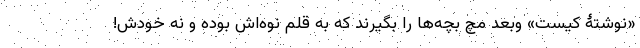
«نوشتۀ کیست» وبعد مچ بچه‌ها را بگیرند که به قلم نوه‌اش بوده و نه خودش!